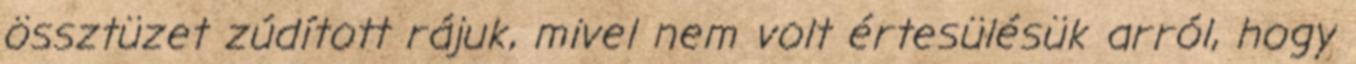
össztüzet zúdított rájuk, mivel nem volt értesülésük arról, hogy